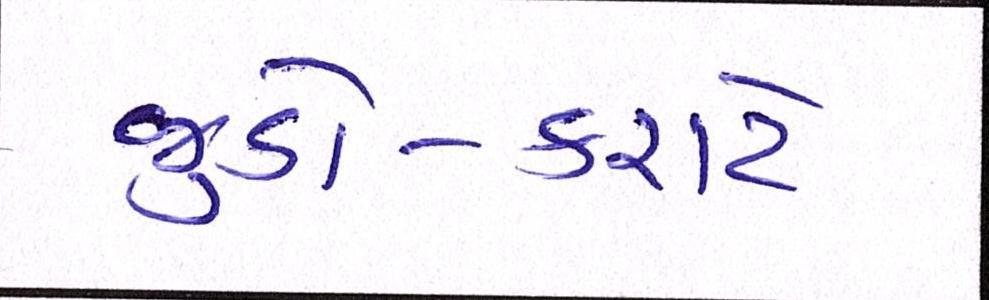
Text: જુડો-કરાટે